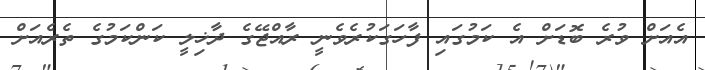
އެއަށް ވުރެ ބޮޑަށް އެ ކަމުގައި ފާހަގަކުރެވެނީ ރާއްޖޭގެ ދާޚިލީ ކަންކަމުގެ ތެރެއަށް